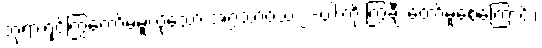
ဘုရားရှင်ကြွတော်မမူလိုသော အဂ္ဂသာဝသ ၂-ပါးကို ကြွချီ တော်မူစေကြောင်း၊